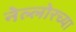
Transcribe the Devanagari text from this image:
नेल्लोरच्या